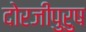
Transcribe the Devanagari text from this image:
दोरजीपुरुष